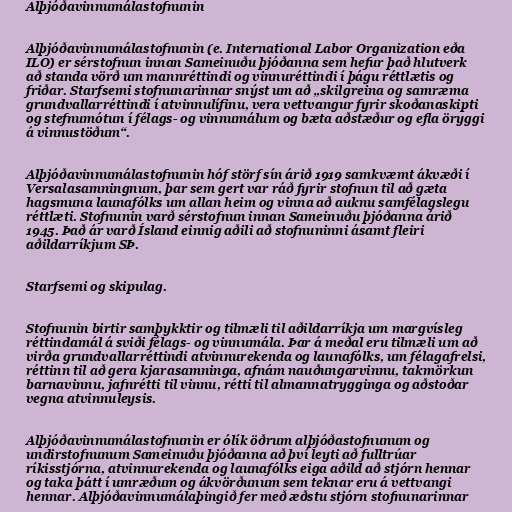
Alþjóðavinnumálastofnunin

Alþjóðavinnumálastofnunin (e. International Labor Organization eða
ILO) er sérstofnun innan Sameinuðu þjóðanna sem hefur það hlutverk
að standa vörð um mannréttindi og vinnuréttindi í þágu réttlætis og
friðar. Starfsemi stofnunarinnar snýst um að „skilgreina og samræma
grundvallarréttindi í atvinnulífinu, vera vettvangur fyrir skoðanaskipti
og stefnumótun í félags- og vinnumálum og bæta aðstæður og efla öryggi
á vinnustöðum“.

Alþjóðavinnumálastofnunin hóf störf sín árið 1919 samkvæmt ákvæði í
Versalasamningnum, þar sem gert var ráð fyrir stofnun til að gæta
hagsmuna launafólks um allan heim og vinna að auknu samfélagslegu
réttlæti. Stofnunin varð sérstofnun innan Sameinuðu þjóðanna árið
1945. Það ár varð Ísland einnig aðili að stofnuninni ásamt fleiri
aðildarríkjum SÞ.

Starfsemi og skipulag.

Stofnunin birtir samþykktir og tilmæli til aðildarríkja um margvísleg
réttindamál á sviði félags- og vinnumála. Þar á meðal eru tilmæli um að
virða grundvallarréttindi atvinnurekenda og launafólks, um félagafrelsi,
réttinn til að gera kjarasamninga, afnám nauðungarvinnu, takmörkun
barnavinnu, jafnrétti til vinnu, rétti til almannatrygginga og aðstoðar
vegna atvinnuleysis.

Alþjóðavinnumálastofnunin er ólík öðrum alþjóðastofnunum og
undirstofnunum Sameinuðu þjóðanna að því leyti að fulltrúar
ríkisstjórna, atvinnurekenda og launafólks eiga aðild að stjórn hennar
og taka þátt í umræðum og ákvörðunum sem teknar eru á vettvangi
hennar. Alþjóðavinnumálaþingið fer með æðstu stjórn stofnunarinnar